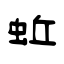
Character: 蚯